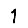
Digit: 1